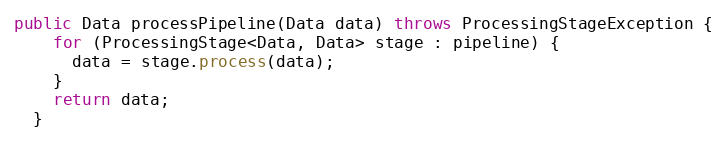
Language: Java
public Data processPipeline(Data data) throws ProcessingStageException {
    for (ProcessingStage<Data, Data> stage : pipeline) {
      data = stage.process(data);
    }
    return data;
  }